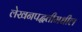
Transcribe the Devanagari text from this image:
लेखनपद्धतीमधील